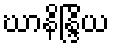
ဃာနိန္ဒြိယ